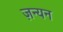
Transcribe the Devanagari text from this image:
ज़न्यन